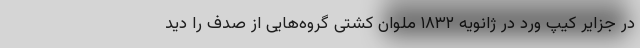
در جزایر کیپ ورد در ژانویه ۱۸۳۲ ملوان کشتی گروه‌هایی از صدف را دید